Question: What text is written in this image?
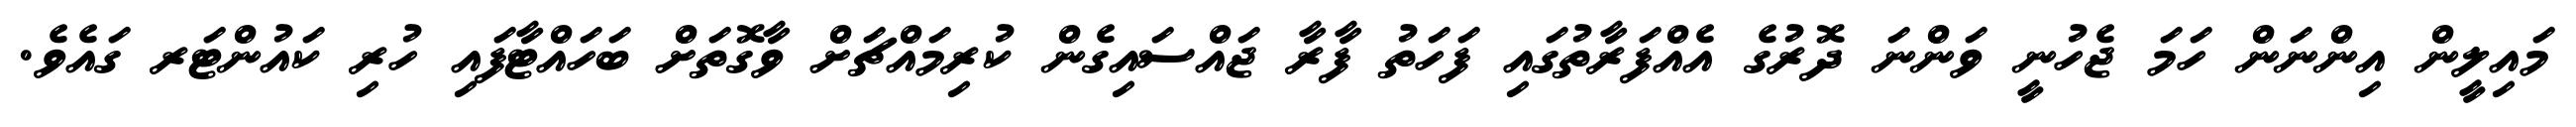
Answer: މައިލީން އިންނަން ހަމަ ޖެހުނީ ވަންނަ ދޮރުގެ އެއްފަރާތުގައި ފަހަތު ފާރާ ޖައްސައިގެން ކުރިމައްޗަށް ވާގޮތަށް ބަހައްޓާފައި ހުރި ކައުންޓަރ ގައެވެ.